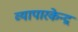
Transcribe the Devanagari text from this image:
व्यापारकेन्द्र